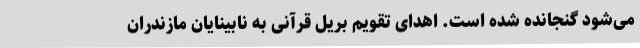
می‌شود گنجانده شده است. اهدای تقویم بریل قرآنی به نابینایان مازندران